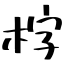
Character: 𣑑